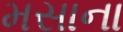
મસાના